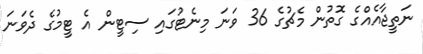
ނަތީޖާއެއްގެ ގޮތުން މެޗުގެ 36 ވަނަ މިނެޓުގައި ސިޓީން އެ ޓީމުގެ ދެވަނަ